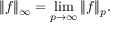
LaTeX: \| f \| _ { \infty } = \operatorname* { l i m } _ { p \to \infty } \| f \| _ { p } .